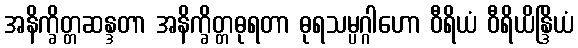
အနိက္ခိတ္တဆန္ဒတာ အနိက္ခိတ္တဓုရတာ ဓုရသမ္ပဂ္ဂါဟော ဝီရိယံ ဝီရိယိန္ဒြိယံ